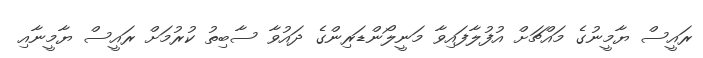
ރައީސް ޔާމީނުގެ މައްޗަށް އުފުލާފައިވާ މަނީލޯންޑަރިންގެ ދައުވާ ސާބިތު ކުރުމަށް ރައީސް ޔާމީނާއި